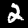
Digit: 2